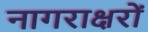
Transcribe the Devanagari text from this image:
नागराक्षरों